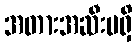
အတားအဆီးမရှိ